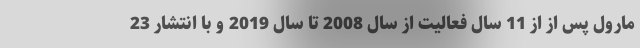
مارول پس از از 11 سال فعالیت از سال 2008 تا سال 2019 و با انتشار 23